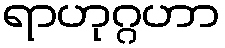
ရာဟုဂ္ဂဟာ